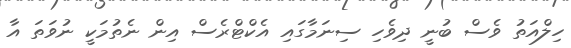
ހިލްއަތު ވެސް ބުނީ ދިވެހި ސިނަމާގައި އެކްޓްރެސް އިން ނެތުމަކީ ނުވަތަ އާ